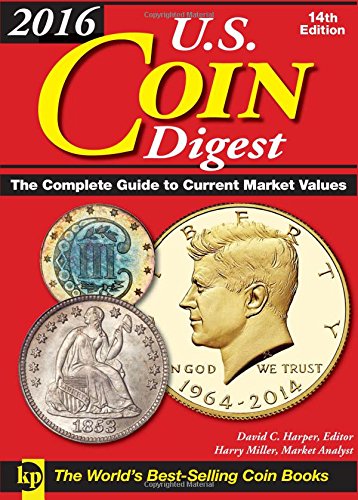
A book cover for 2016 U.S. Coin Digest: The Complete Guide to Current Market Values; Crafts, Hobbies & Home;